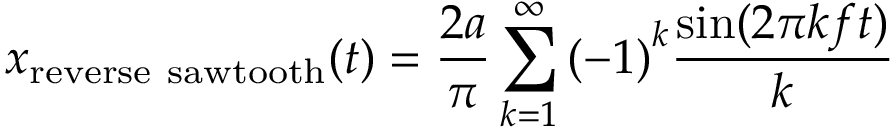
x _ { \mathrm { r e v e r s e ~ s a w t o o t h } } ( t ) = { \frac { 2 a } { \pi } } \sum _ { k = 1 } ^ { \infty } { ( - 1 ) } ^ { k } { \frac { \sin ( 2 \pi k f t ) } { k } }